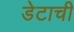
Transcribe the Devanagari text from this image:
डेटाची